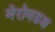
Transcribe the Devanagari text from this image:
मेरोमडअ